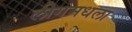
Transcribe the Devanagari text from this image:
लीगमधला